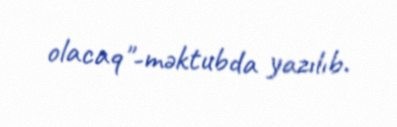
olacaq"-məktubda yazılıb.